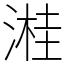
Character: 溎